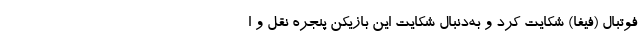
فوتبال (فیفا) شکایت کرد و به‌دنبال شکایت این بازیکن پنجره نقل و ا